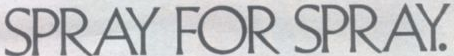
SPRAY FOR SPRAY.